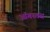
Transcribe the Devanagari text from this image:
ऑगस्तस